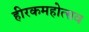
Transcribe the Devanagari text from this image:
हीरकमहोत्सव